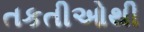
તકતીઓથી